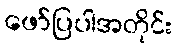
ဖော်ပြပါအတိုင်း